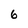
Character: 6